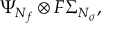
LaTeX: \Psi _ { N _ { f } } \otimes F \Sigma _ { N _ { \sigma } } ,